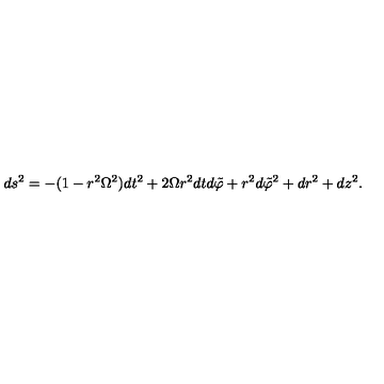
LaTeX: d s ^ { 2 } = - ( 1 - r ^ { 2 } \Omega ^ { 2 } ) d t ^ { 2 } + 2 \Omega r ^ { 2 } d t d \tilde { \varphi } + r ^ { 2 } d \tilde { \varphi } ^ { 2 } + d r ^ { 2 } + d z ^ { 2 } .